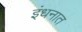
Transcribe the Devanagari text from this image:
इंधनात